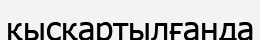
қысқартылғанда